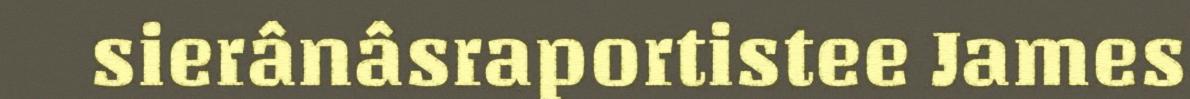
sierânâsraportistee James